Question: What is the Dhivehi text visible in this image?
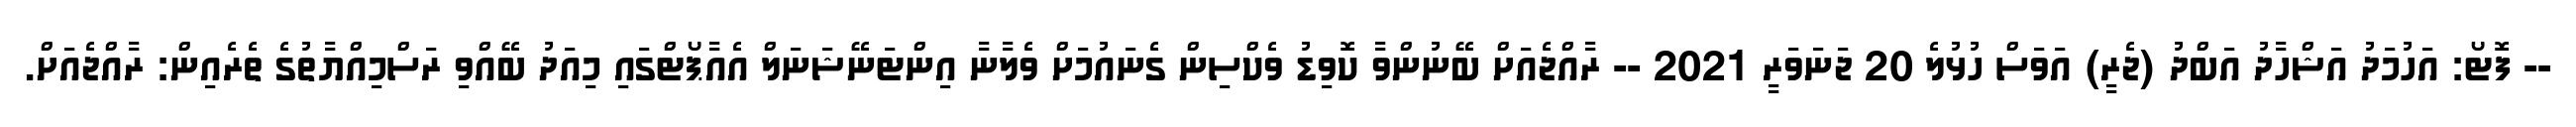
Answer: -- ފޮޓޯ: އަހުމަދު އަޝްހާދު އަބްދު (ޖެރީ) އަވަސް ހުޅުލެ 20 ޖަނަވަރީ 2021 -- ރާއްޖެއަށް ބޭނުންވާ ކޮވިޑު ވެކްސިން ގެނައުމަށް ވެލާނާ އިންޓަނޭޝަނަލް އެއާޕޯޓްގައި މިއަދު ބޭއްވި ރަސްމިއްޔާތުގެ ތެރެއިން: ރާއްޖެއަށް.